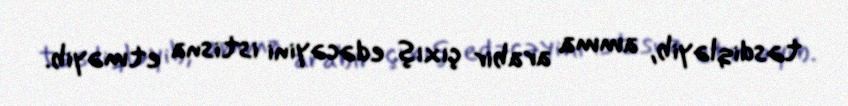
təsdiqləyib, amma arabir çıxış edəcəyini istisna etməyib.